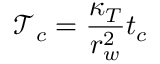
\mathcal { T } _ { c } = \frac { \kappa _ { T } } { r _ { w } ^ { 2 } } t _ { c }